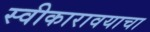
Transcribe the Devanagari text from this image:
स्वीकारावयाचा